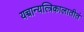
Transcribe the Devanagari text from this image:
यच्चान्यत्त्रिकालातीतं